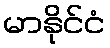
မာနိုင်ငံ